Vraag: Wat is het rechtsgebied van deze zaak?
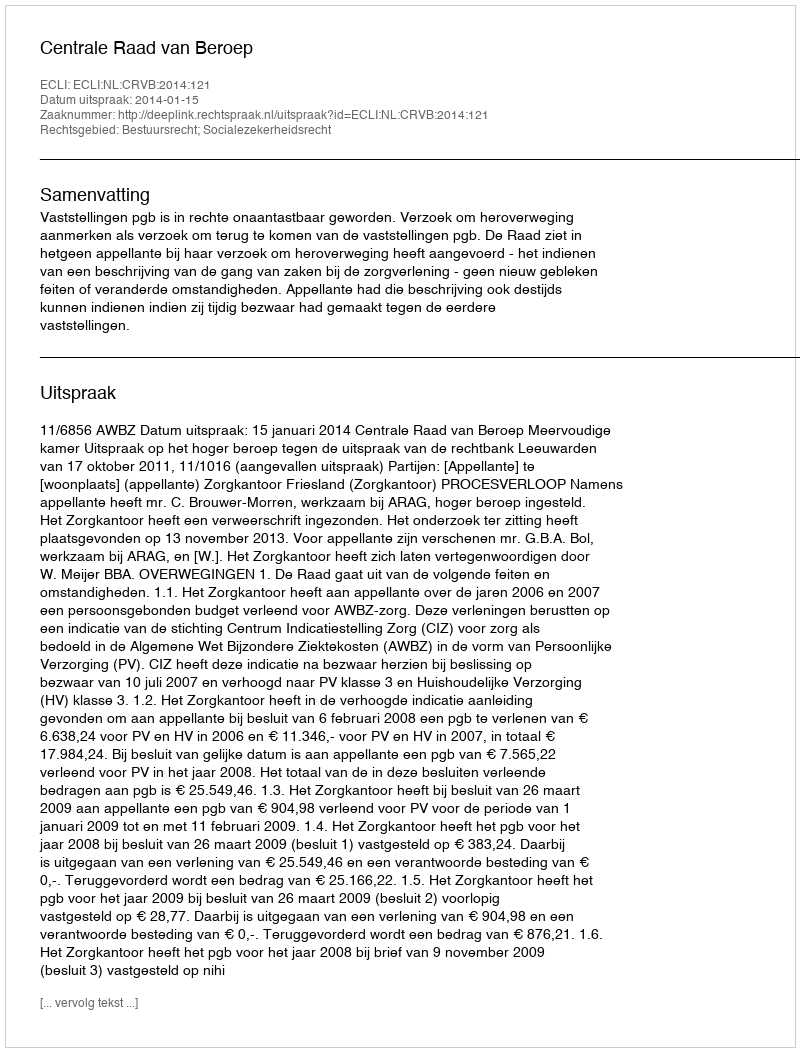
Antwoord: Bestuursrecht; Socialezekerheidsrecht